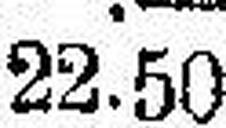
22.50